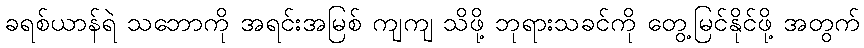
ခရစ်ယာန်ရဲ သဘောကို အရင်းအမြစ် ကျကျ သိဖို့ ဘုရားသခင်ကို တွေ့မြင်နိုင်ဖို့ အတွက်